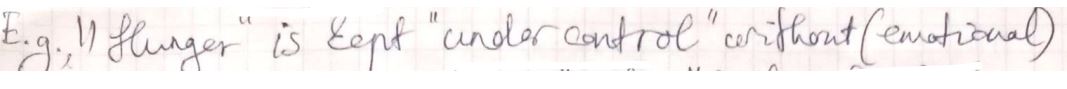
E.g. " flinger " is kept " under control, " without (emotional)